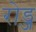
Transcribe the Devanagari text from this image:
रोड्ज